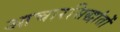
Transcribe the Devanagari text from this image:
आचारसिद्धांतों